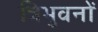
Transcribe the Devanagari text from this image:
त्रिभुवनों